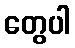
တွေပါ